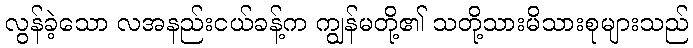
လွန်ခဲ့သော လအနည်းငယ်ခန့်က ကျွန်မတို့၏ သတို့သားမိသားစုများသည်